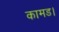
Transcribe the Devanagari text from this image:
कामड।